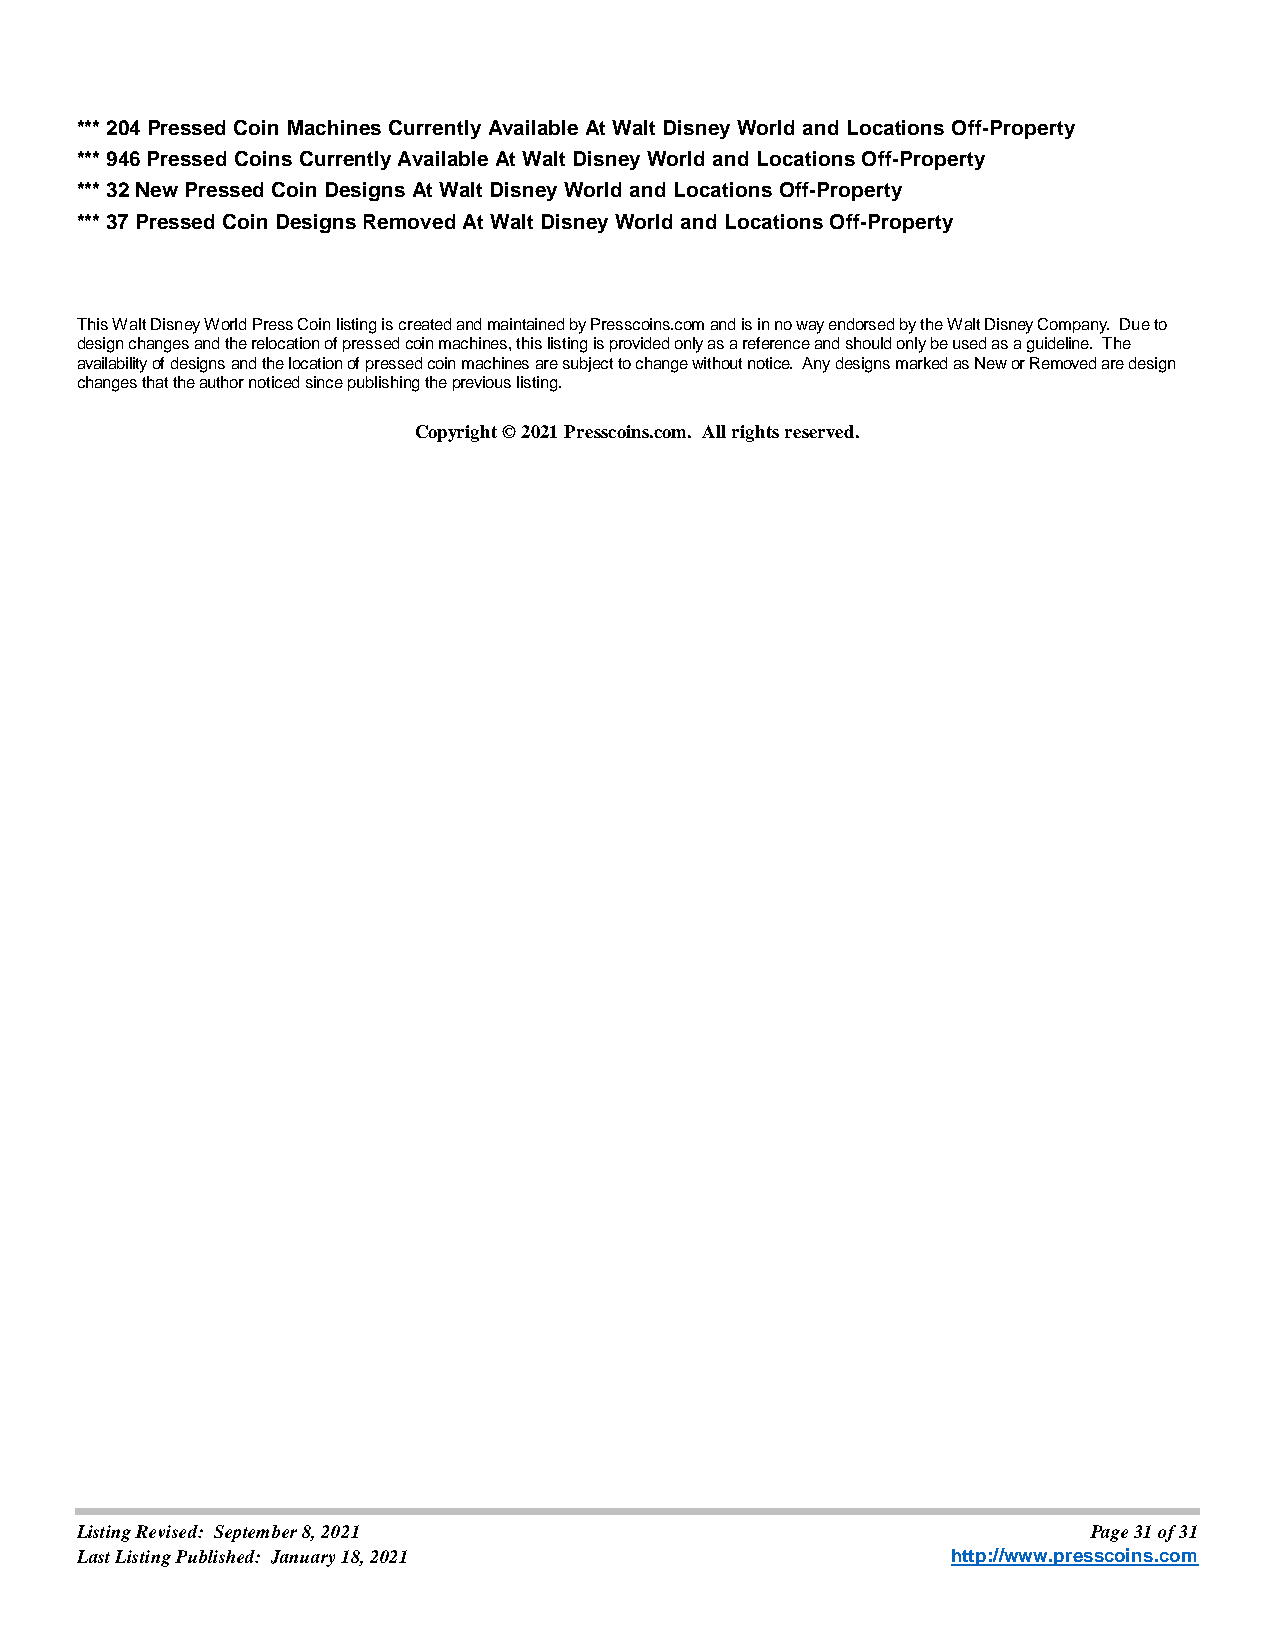
*** 204 Pressed Coin Machines Currently Available At Walt Disney World and Locations Off-Property
 *** 946 Pressed Coins Currently Available At Walt Disney World and Locations Off-Property
 *** 32 New Pressed Coin Designs At Walt Disney World and Locations Off-Property
 *** 37 Pressed Coin Designs Removed At Walt Disney World and Locations Off-Property
 This Walt Disney World Press Coin listing is created and maintained by Presscoins.com and is in no way endorsed by the Walt Disney Company. Due to
 design changes and the relocation of pressed coin machines, this listing is provided only as a reference and should only be used as a guideline. The
 availability of designs and the location of pressed coin machines are subject to change without notice. Any designs marked as New or Removed are design
 changes that the author noticed since publishing the previous listing.
 Copyright © 2021 Presscoins.com. All rights reserved.
 Listing Revised: September 8, 2021                                 Page 31 of 31
 Last Listing Published: January 18, 2021                  http://www.presscoins.com